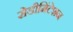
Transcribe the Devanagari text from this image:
सेडीमिंटेशन